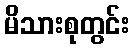
မိသားစုတွင်း